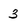
Character: 3